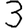
Digit: 3